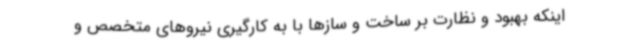
اینکه بهبود و نظارت بر ساخت و سازها با به کارگیری نیروهای متخصص و